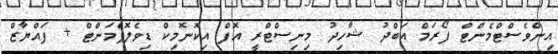
އިންވެސްޓްމެންޓް ފޯރަމް އަބްދު ޝާހިދު މިނިސްޓްރީ އޮފް އިކޮނޮމިކް ޑިވެލޮޕްެމަންޓް + ފައްޔާޒް